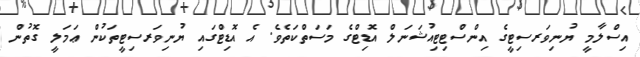
އިސްލާމީ ޔުނިވަރސިޓީގެ އިންސްޓިޓިއުޝަނަލް އޮޑިޓްގެ މަސަތްކަތެވެ. އެ އޮޑިޓްގައި ޔުނިވަރސިޓީތަކުން ޢަމަލީ ގޮތުން